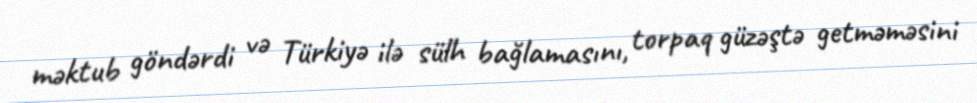
məktub göndərdi və Türkiyə ilə sülh bağlamasını, torpaq güzəştə getməməsini